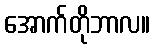
အောက်တိုဘာလ။